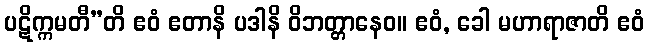
ပဋိက္ကမတီ”တိ ဧဝံ ဧတာနိ ပဒါနိ ဝိဘတ္တာနေဝ။ ဧဝံ, ခေါ မဟာရာဇာတိ ဧဝံ